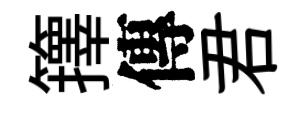
籜傳君